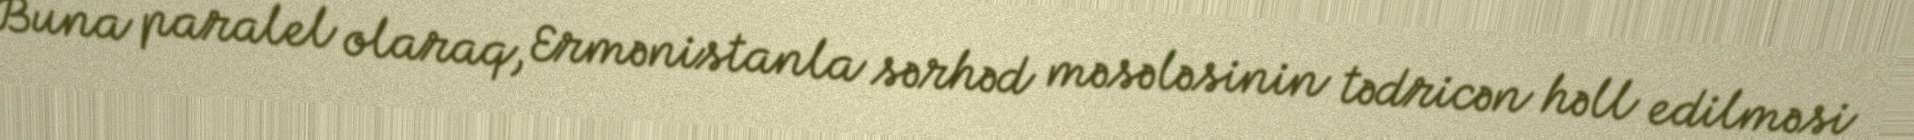
Buna paralel olaraq, Ermənistanla sərhəd məsələsinin tədricən həll edilməsi